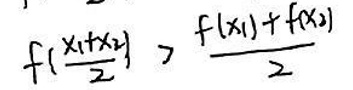
$f\left(\frac{x_{1}+x_{2}}{2}\right)>\frac{f(x_{1})+f(x_{2})}{2}$